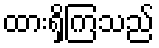
ထားရှိကြသည်